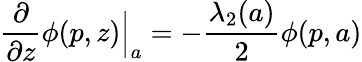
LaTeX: \frac{\partial}{\partial z}\phi(p,z)\Big|_{a}=-\frac{\lambda_{2}(a)}2\phi(p,a)